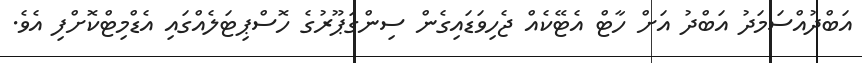
އަބްދުއްސަމަދު އަބްދު އަށް ހާޓް އެޓޭކެއް ޖެހިވަޑައިގެން ސިންގަޕޫރުގެ ހޮސްޕިޓަލެއްގައި އެޑްމިޓްކޮށްފި އެވެ.